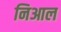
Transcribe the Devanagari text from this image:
निआल